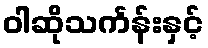
ဝါဆိုသင်္ကန်းနှင့်